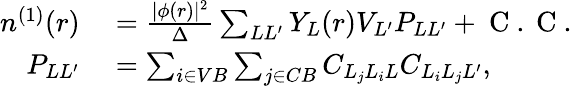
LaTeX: \begin{array}{rl}{n^{(1)}(r)}&{{}=\frac{|\phi(r)|^{2}}{\Delta}\sum_{LL^{\prime}}Y_{L}(r)V_{L^{\prime}}P_{LL^{\prime}}+\mathrm{~C~.~C~.~}}\\ {P_{LL^{\prime}}}&{{}=\sum_{i\in VB}\sum_{j\in CB}C_{L_{j}L_{i}L}C_{L_{i}L_{j}L^{\prime}},}\end{array}